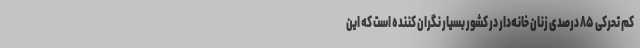
کم تحرکی ۸۵ درصدی زنان خانه‌دار در کشور بسیار نگران کننده است که این